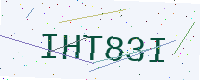
Text: IHT83I